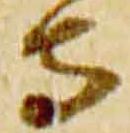
寺